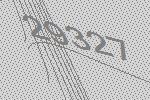
29327